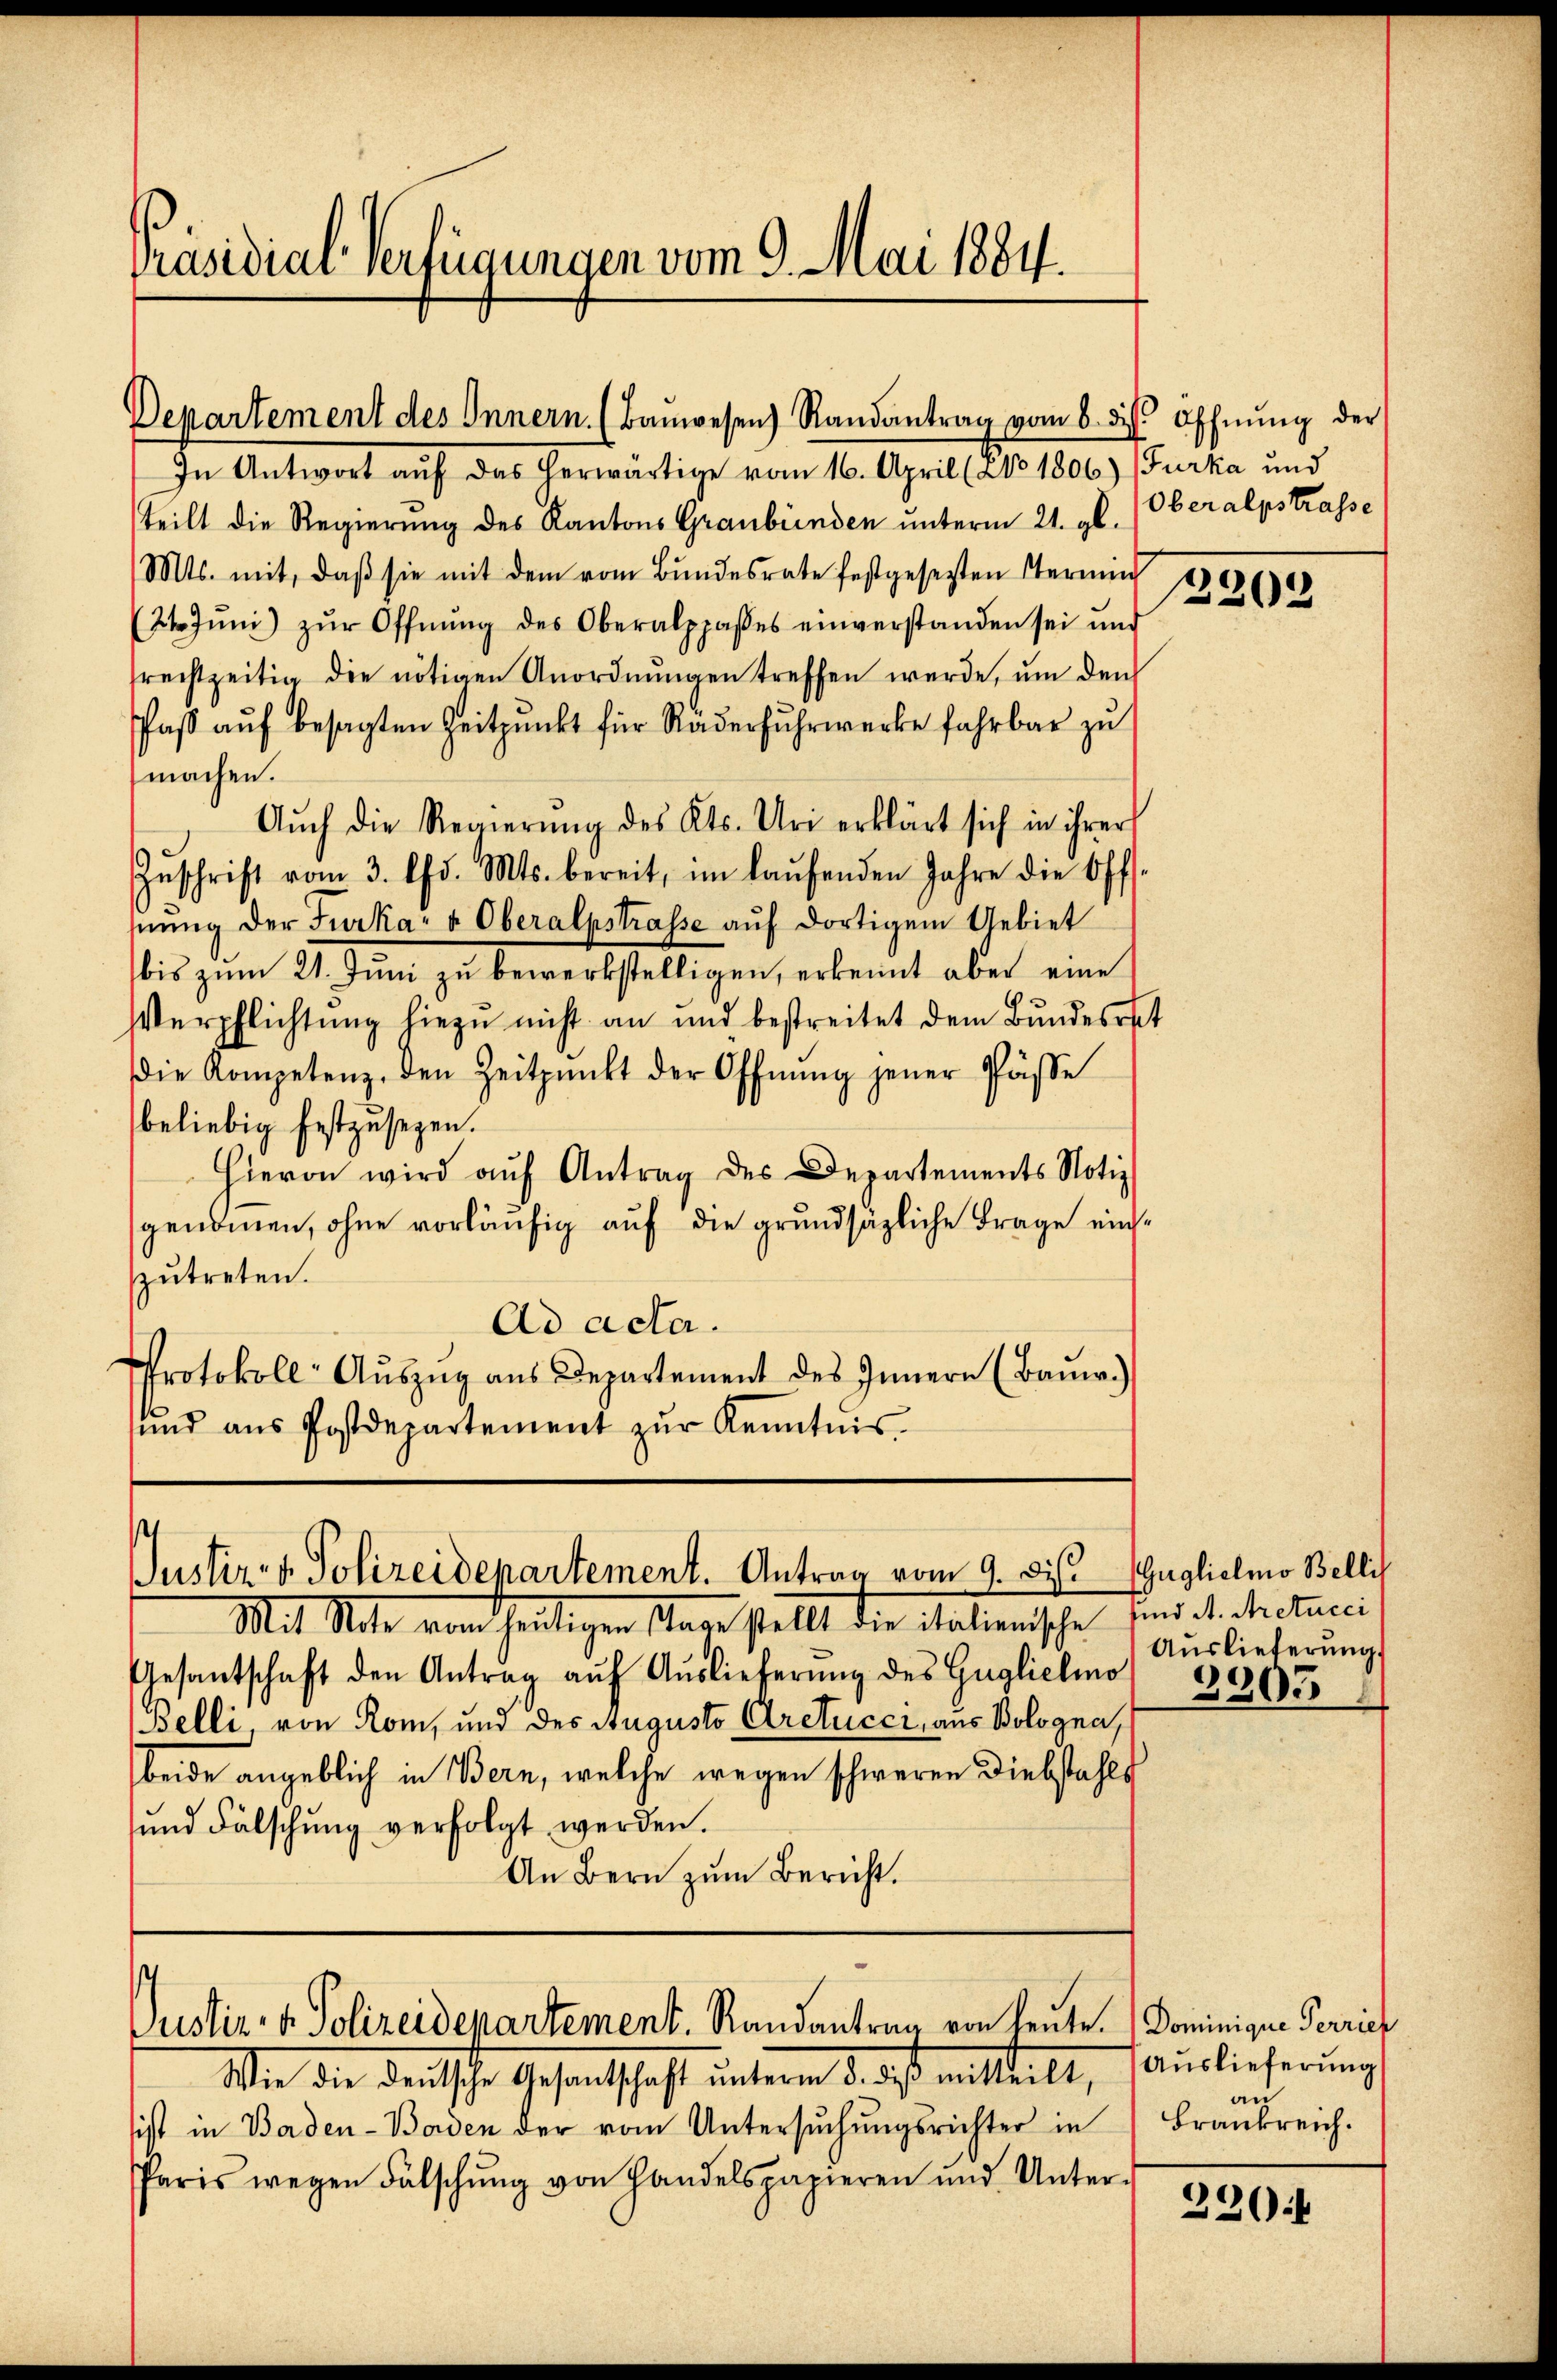
Präsidial-Verfügungen vom 9. Mai 1884.

teilt die Regierung des Kantons Graubünden unterm 21. v. Oberalpstrasse
Mts. mit, daß sie mit dem vom Bundesrate festgesetzten Termin
(21. Jŭni) zŭr Öffnŭng des Oberalppasses einverstanden sei ŭnd
trechtzeitig die nötigen Anordnungen treffen werde, um den
Paß auf besagten Zeitpunkt für Räderfuhrwerke fahrbar zu
machen.
Aŭch die Regierŭng des Kts. Uri erklärt sich in ihrer
Inschrift vom 3. d. Mts. bereit, im laŭfenden Jahre die Offs-
nŭng der Furka u Oberalpstrasse aŭf dortigem Gebiet
bis zum 21. Juni zu bewerkstelligen, erkennt aber eine
Verpflichtung hiezu nicht an und bestreitet dem Bundesrat
die Kompetenz, den Zeitpunkt der Öffnŭng jener Pässe
beliebig festzusegen.
Hievon wird aŭf Antrag des Departements Notiz
genomen, ohne vorläufig auf die grundsätzliche Frage einszŭtreten.
Ad acta.
Protokoll- Aŭszŭg aŭs Departement des Innern (Baŭw.)
ŭnd ans Postdepartement zŭr Kenntnis-

Departement des Innern. (Baŭwesen Randantrag vom 8. d. Offnŭng der
In Antwort aŭf das herwärtige vom 16. April (NNo 1806) (Furka und

Justiz- & Polizeidepartement. Antrag vom 9. ds.

Mit Note vom heutigen Tage stellt die italienische sind d. Metuci
Gesantschaft den Antrag aŭf Aŭslieferŭng des Guglichino
Belli, von Rom, und des Augusto Aretucci, aus Bologna,
beide angeblich in Bern, welche wegen schweren Diebstahls
und Fälschung verfolgt werden.
An Bern zum Bericht.

Justiz- & Polizeidepartement. Randantrag von heute. Dominigue Perrich

Mie die Deutsche Gesandtschaft unteren d. ist mitteilt,
sist in Baden-Baven der vom Untersŭchŭngsrichter in
Paris wegen Fälschŭng von Handelspapieren und Unter-

13202

Gugliclio Belli
Auslieferung
3305

Auslieferung
an
Frankreich.

3204